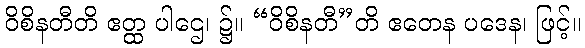
ဝိစိနတီတိ ဧတ္ထ ပါဌေ၊ ၌။ “ဝိစိနတီ”တိ ဧတေန ပဒေန၊ ဖြင့်။